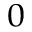
_ 0